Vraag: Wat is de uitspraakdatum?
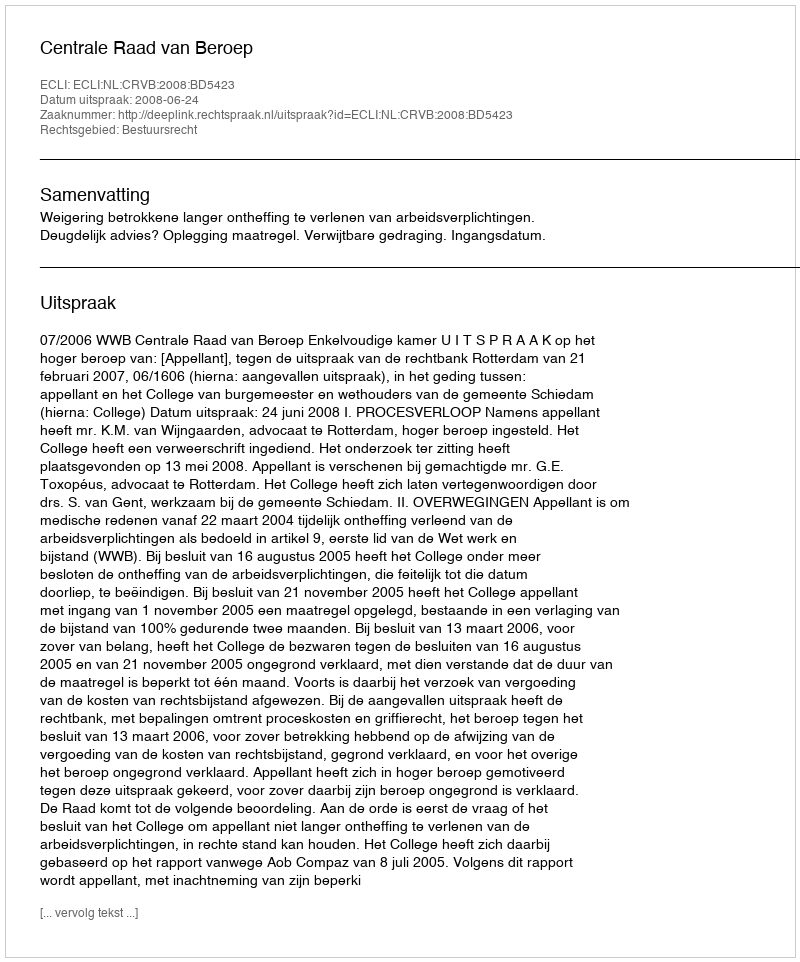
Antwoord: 2008-06-24